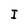
Character: I